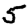
Digit: 5